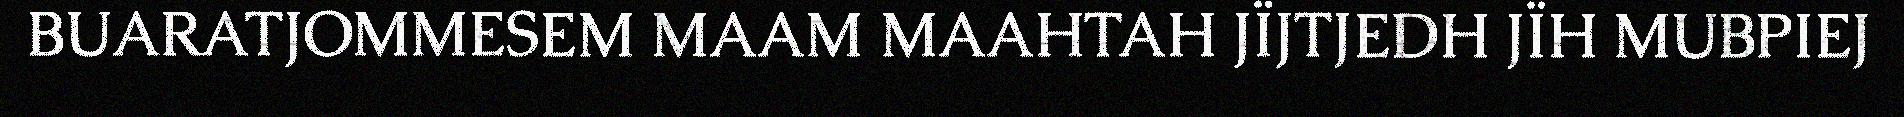
BUARATJOMMESEM MAAM MAAHTAH JÏJTJEDH JÏH MUBPIEJ